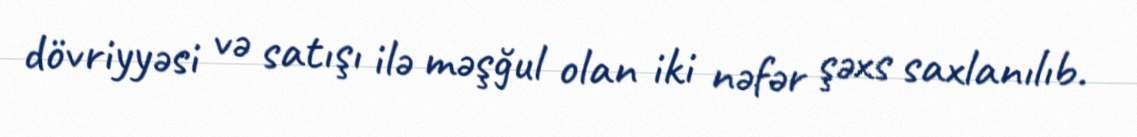
dövriyyəsi və satışı ilə məşğul olan iki nəfər şəxs saxlanılıb.